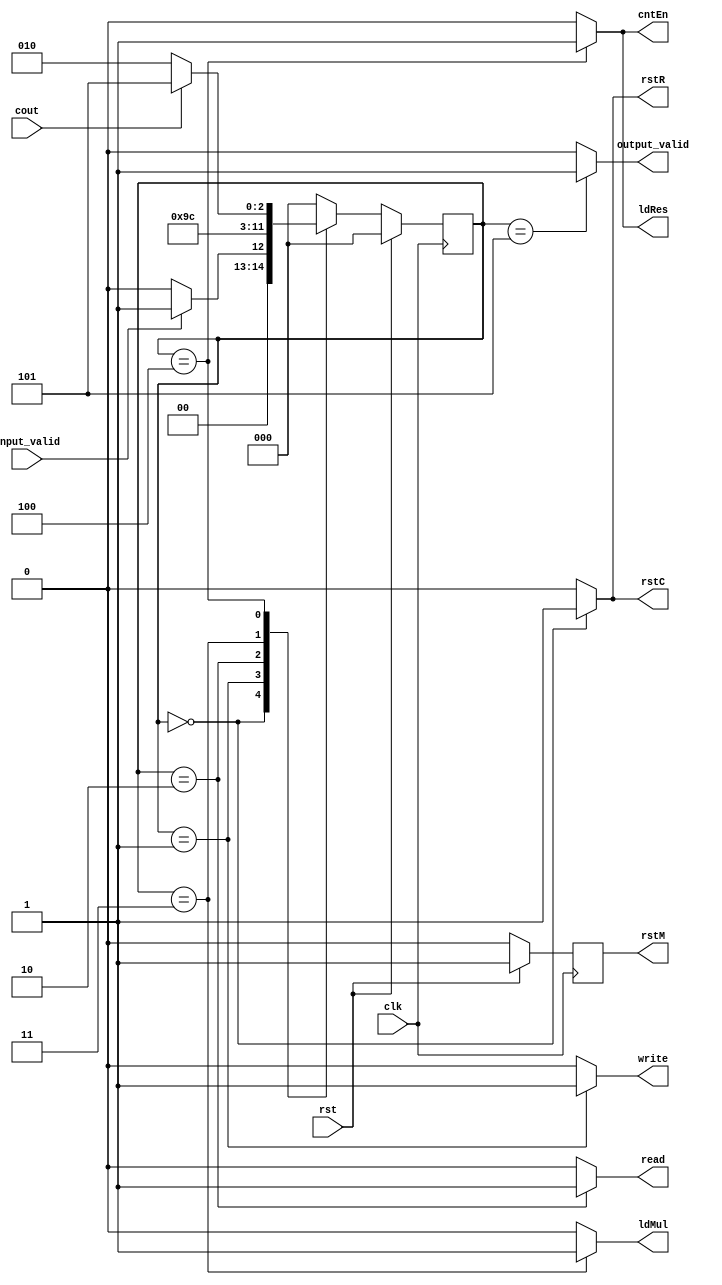
module ctrlUnit(
	            clk,
	            rst,
	            input_valid,
	            write,
	            rstC,
	            rstR,
	            cntEn,
	            ldRes,
	            ldMul,
	            read,
	            cout,
	            output_valid,
	            rstM
	            );
  
  input clk,rst,input_valid,cout;
  output reg write, rstC, rstR, rstM, cntEn, ldMul, ldRes, read, output_valid;
  reg[2:0] ps,ns;
  parameter init=0,getInput=1,multiply=2,add=3,accumulate=4,outputReady=5;
  
  always@(posedge clk)
  begin
    rstM=0;
    if(rst)begin
      rstM=1;
      ps=init;
    end
    else
      ps=ns;
  end
      
  always@(ps,input_valid,cout)
  begin
    ns=2'b00;
    case(ps)
      init: ns= input_valid ? getInput : init;
      getInput: ns=multiply;
      multiply: ns=add;
      add: ns=accumulate;
      accumulate: ns= cout ? outputReady : multiply;
      outputReady: ns= init;
    endcase
  end
  
  always@(ps)
  begin
    rstC=0; rstR=0; write=0; cntEn=0; ldMul=0; ldRes=0; read=0; output_valid=0;
    case(ps)
      init:begin rstC=1; rstR=1; end
      getInput: write=1;
      multiply: read=1;
      add: ldMul=1;
      accumulate:begin ldRes=1; cntEn=1; end
      outputReady: output_valid=1;
    endcase
  end
  
endmodule